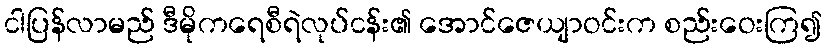
ငါပြန်လာမည် ဒီမိုကရေစီရဲလုပ်ငန်း၏ အောင်ဇေယျာဝင်းက စည်းဝေးကြ၍